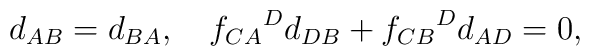
d_{AB}=d_{BA},\quad {f_{CA}}^D d_{DB}+{f_{CB}}^D d_{AD}=0,